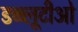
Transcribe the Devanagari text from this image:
डब्ब्लूटीओ